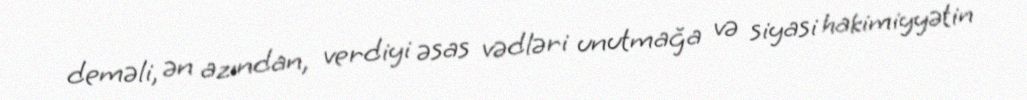
deməli, ən azından, verdiyi əsas vədləri unutmağa və siyasi hakimiyyətin